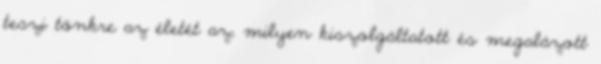
teszi tönkre az életét az, milyen kiszolgáltatott és megalázott